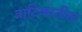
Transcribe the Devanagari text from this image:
त्राटिकातील